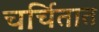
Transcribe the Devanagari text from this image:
चर्चितात